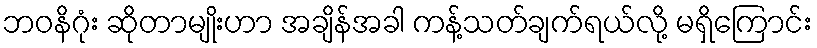
ဘဝနိဂုံး ဆိုတာမျိုးဟာ အချိန်အခါ ကန့်သတ်ချက်ရယ်လို့ မရှိကြောင်း